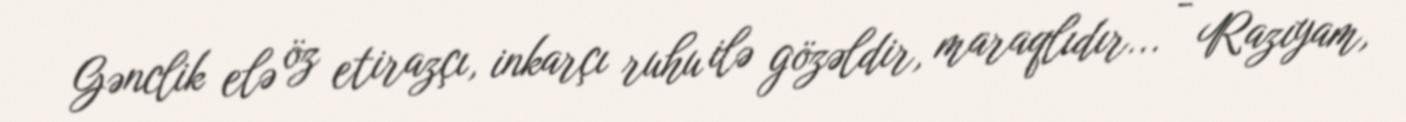
Gənclik elə öz etirazçı, inkarçı ruhu ilə gözəldir, maraqlıdır... - Razıyam,